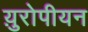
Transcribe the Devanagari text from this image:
य़ुरोपीयन